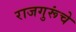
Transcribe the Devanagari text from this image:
राजगुरूंचे